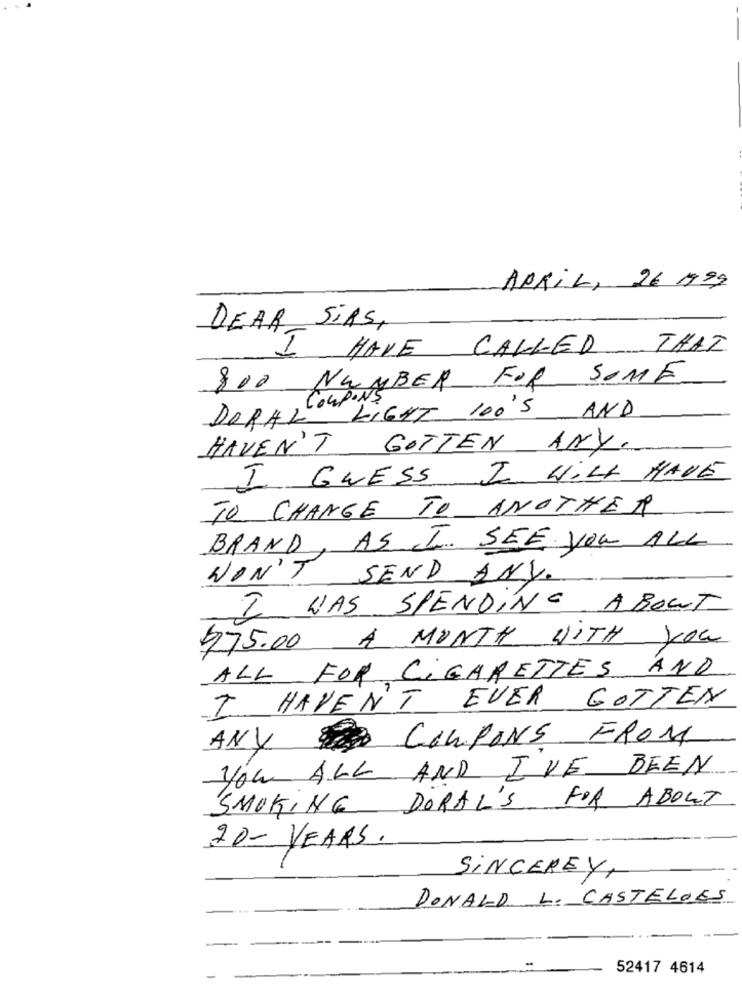
APRIL, 26 1799
DEAR SiRS,
HAVE CALLED THAT
800 NUMBER FOR SOME
COUPONS
DORAL LIGHT 100'S AND
HAVEN'T
GOTTEN ANY.
I GUESS I WILL HAVE
TO CHANGE TO ANOTHER
BRAND, AS I SEE YOU ALL
WON'T SEND ANY.
I WAS SPENDING ABOUT
$75.00 A MONTH WITH YOU
ALL FOR CIGARETTES AND
I HAVEN'T EVER GOTTEN
ANY COUPONS FROM
BEEN
you ALL AND I'VE
SMOKING DORAL'S FOR ABOUT
20- YEARS.
SINCERELY,
DONALD L. CASTELOES
52417 4614